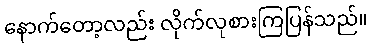
နောက်တော့လည်း လိုက်လုစားကြပြန်သည်။